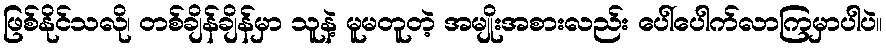
ဖြစ်နိုင်သလို၊ တစ်ချိန်ချိန်မှာ သူနဲ့ မူမတူတဲ့ အမျိုးအစားလည်း ပေါ်ပေါက်လာကြမှာပါပဲ။